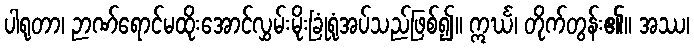
ပါရုတာ၊ ဉာဏ်ရောင်မထိုးအောင်လွှမ်းမိုးခြုံရုံအပ်သည်ဖြစ်၍။ ဣင်္ဃ၊ တိုက်တွန်း၏။ အဿ၊